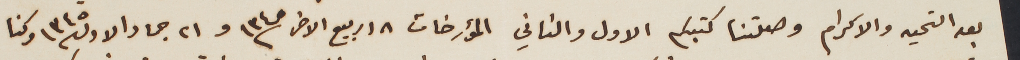
بعد التحيه والاكرام وصلتنا كتبكم الاول والثاني المؤرخات ١٨ ربيع الاخر سنة ١٣٤٥ و٢١ جماد الاول سنة ١٣٤٥ وكنا